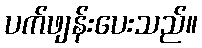
ပက်ဖျန်းပေးသည်။